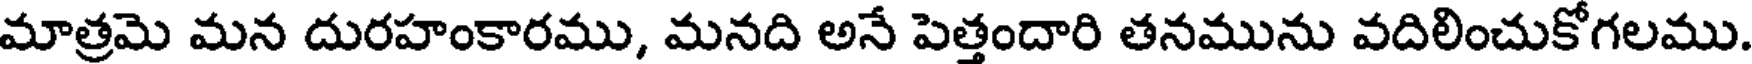
మాత్రమె మన దురహంకారము, మనది అనే పెత్తందారి తనమును వదిలించుకోగలము.